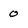
Character: 0